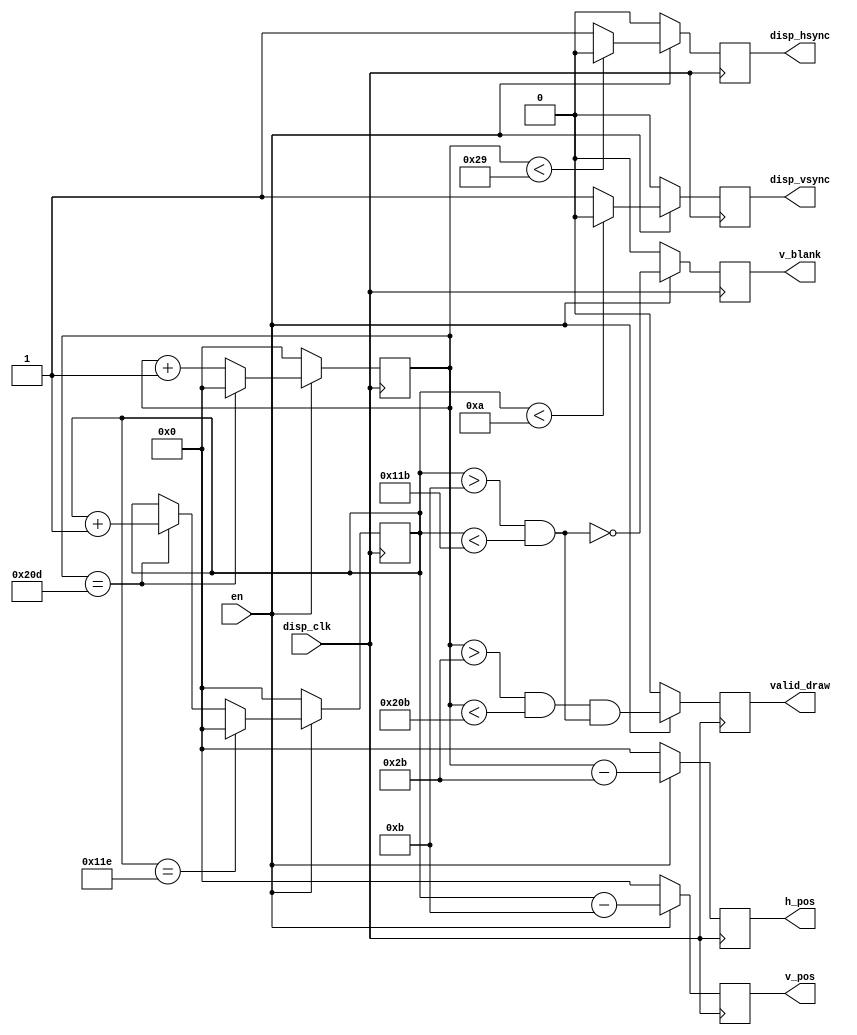
//
// Copyright (c) 2015 Thomas R. Murphy and Case Western Reserve University
// All Rights Reserved
//
// Developed by Thomas Russell Murphy (trm70) during employment as teaching
// assistant of EECS 301 at CWRU.
//
// THIS SOFTWARE IS PROVIDED BY THE COPYRIGHT HOLDERS AND CONTRIBUTORS ``AS IS''
// AND ANY EXPRESS OR IMPLIED WARRANTIES, INCLUDING, BUT NOT LIMITED TO, THE
// IMPLIED WARRANTIES OF MERCHANTABILITY AND FITNESS FOR A PARTICULAR PURPOSE ARE
// DISCLAIMED. IN NO EVENT SHALL THE COPYRIGHT HOLDER OR CONTRIBUTORS BE LIABLE FOR
// ANY DIRECT, INDIRECT, INCIDENTAL, SPECIAL, EXEMPLARY, OR CONSEQUENTIAL DAMAGES
// (INCLUDING, BUT NOT LIMITED TO, PROCUREMENT OF SUBSTITUTE GOODS OR SERVICES;
// LOSS OF USE, DATA, OR PROFITS; OR BUSINESS INTERRUPTION) HOWEVER CAUSED AND ON
// ANY THEORY OF LIABILITY, WHETHER IN CONTRACT, STRICT LIABILITY, OR TORT
// (INCLUDING NEGLIGENCE OR OTHERWISE) ARISING IN ANY WAY OUT OF THE USE OF THIS
// SOFTWARE, EVEN IF ADVISED OF THE POSSIBILITY OF SUCH DAMAGE.
//

module video_position_sync
       (
           input disp_clk,
           input en,
           output reg disp_hsync, disp_vsync,
           output reg valid_draw, v_blank,
           output reg [ 9: 0 ] h_pos, v_pos
       );

// HSync pattern: 525 clock cycles period; 41 low, 2 front porch, 480 data, 2 back porch
// VSync pattern: 286 lines period; 10 low, 2 front porch, 272 data, 2 pack porch
parameter HORZ_PIXELS = 10'd480; // max (2^10-1) - (front porch + back porch + low width)
parameter VERT_PIXELS = 10'd272; // max (2^10-1) - (front porch + back porch + low width)
parameter HORZ_FRONT_PORCH = 10'd2; // pixels
parameter HORZ_BACK_PORCH = 10'd2; // pixels
parameter VERT_FRONT_PORCH = 10'd2; // horizontal lines
parameter VERT_BACK_PORCH = 10'd2; // horizontal lines
parameter HORZ_LOW_WIDTH = 10'd41; // clock cycles
parameter VERT_LOW_WIDTH = 10'd10; // horizontal lines

// Valid horizontal counts are offset by 2 from display observation
// Valid vertical counts are offset by 1 from display observation
parameter HORZ_DELAY = 10'd0;
parameter VERT_DELAY = 10'd1;

parameter HORZ_MIN_VALID_COUNT = HORZ_LOW_WIDTH + HORZ_FRONT_PORCH - HORZ_DELAY;
parameter HORZ_MAX_VALID_COUNT = HORZ_LOW_WIDTH + HORZ_FRONT_PORCH + HORZ_PIXELS - HORZ_DELAY;
parameter HORZ_MAX_COUNT = HORZ_LOW_WIDTH + HORZ_FRONT_PORCH + HORZ_PIXELS + HORZ_BACK_PORCH;

parameter VERT_MIN_VALID_COUNT = VERT_LOW_WIDTH + VERT_FRONT_PORCH - VERT_DELAY;
parameter VERT_MAX_VALID_COUNT = VERT_LOW_WIDTH + VERT_FRONT_PORCH + VERT_PIXELS - VERT_DELAY;
parameter VERT_MAX_COUNT = VERT_LOW_WIDTH + VERT_FRONT_PORCH + VERT_PIXELS + VERT_BACK_PORCH;

// Internal variables and states for excitation logic
reg [ 9: 0 ] h_count, v_count; // Counters for progression through real and non-display positions
reg [ 9: 0 ] next_h_count, next_v_count;
reg next_hsync, next_vsync;

wire h_valid, v_valid, next_valid_draw, next_v_blank;

// Are the counter states within the valid display bounds?
assign h_valid = ( h_count > HORZ_MIN_VALID_COUNT ) && ( h_count < HORZ_MAX_VALID_COUNT );
assign v_valid = ( v_count > VERT_MIN_VALID_COUNT ) && ( v_count < VERT_MAX_VALID_COUNT );

assign next_v_blank = ~v_valid;
assign next_valid_draw = h_valid && v_valid;

// Excitation logic
always @( * ) begin
    // Modify next_h_count
    if ( h_count == HORZ_MAX_COUNT ) begin // Rollover at this count
        next_h_count <= 1'b0;
    end
    else begin
        next_h_count <= h_count + 1'b1; // Always count horizontal progress
    end

    // Modify next_v_count
    if ( v_count == VERT_MAX_COUNT ) begin // Rollover at this count
        next_v_count <= 1'b0;
    end
    else if ( h_count == HORZ_MAX_COUNT ) begin // Starting next line
        next_v_count <= v_count + 1'b1;
    end
    else begin
        next_v_count <= v_count;
    end

    // Modify next_hsync
    if ( h_count < HORZ_LOW_WIDTH ) begin // hsync low pulse
        next_hsync <= 1'b0;
    end
    else begin
        next_hsync <= 1'b1;
    end

    // Modify next_vysc
    if ( v_count < VERT_LOW_WIDTH ) begin // vsync low pulse
        next_vsync <= 1'b0;
    end
    else begin
        next_vsync <= 1'b1;
    end
end

// Output logic and next-state conversion
always @( posedge disp_clk ) begin
    if ( en ) begin
        valid_draw <= next_valid_draw;
        v_blank <= next_v_blank;

        h_count <= next_h_count;
        v_count <= next_v_count;

        h_pos <= h_count - HORZ_MIN_VALID_COUNT;
        v_pos <= v_count - VERT_MIN_VALID_COUNT;

        disp_hsync <= next_hsync;
        disp_vsync <= next_vsync;
    end
    else begin // Disable state turns everything off
        valid_draw <= 1'b0;
        v_blank <= 1'b0;

        h_count <= 1'b0;
        v_count <= 1'b0;

        h_pos <= 1'b0;
        v_pos <= 1'b0;

        disp_hsync <= 1'b0;
        disp_vsync <= 1'b0;
    end
end

endmodule